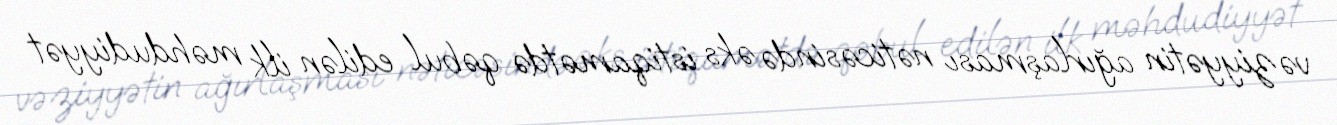
vəziyyətin ağırlaşması nəticəsində əks istiqamətdə qəbul edilən ilk məhdudiyyət